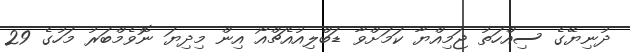
ދުނިޔޭގެ ސިއްހަތު ޖަމިއްޔާ ކަމަށްވާ ޑަބްލިއުއެޗްއޯ އިން މިދިޔަ ނޮވެމްބަރު މަހުގެ 29